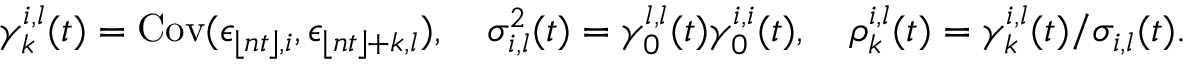
\begin{array} { r } { \gamma _ { k } ^ { i , l } ( t ) = \mathrm { C o v } ( \epsilon _ { \lfloor n t \rfloor , i } , \epsilon _ { \lfloor n t \rfloor + k , l } ) , \quad \sigma _ { i , l } ^ { 2 } ( t ) = \gamma _ { 0 } ^ { l , l } ( t ) \gamma _ { 0 } ^ { i , i } ( t ) , \quad \rho _ { k } ^ { i , l } ( t ) = \gamma _ { k } ^ { i , l } ( t ) / \sigma _ { i , l } ( t ) . } \end{array}